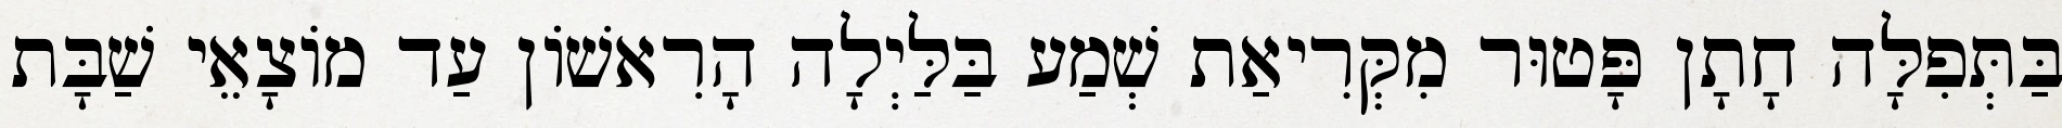
בַּתְּפִלָּה חָתָן פָּטוּר מִקְּרִיאַת שְׁמַע בַּלַּיְלָה הָרִאשׁוֹן עַד מוֹצָאֵי שַׁבָּת